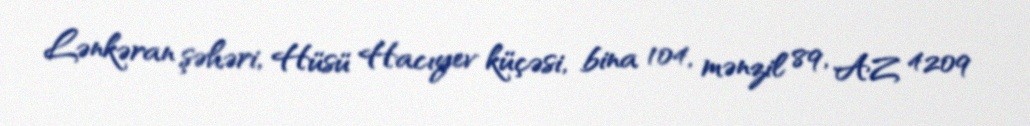
Lənkəran şəhəri, Hüsü Hacıyev küçəsi, bina 104, mənzil 89, AZ 4209